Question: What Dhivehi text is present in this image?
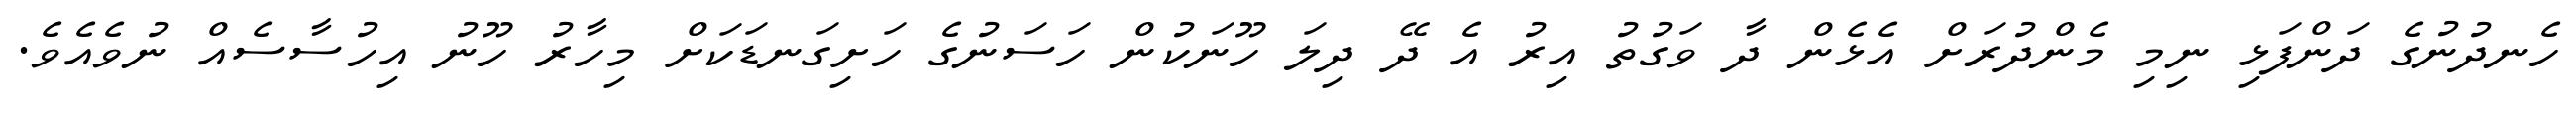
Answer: ހެނދުނުގެ ދަންފަޅި ނިމި މެންދުރަށް އެޅެން ދާ ވަގުތު އިރު އެ ދޭ ދިލަ ހޫނަކުން ހަސަނުގެ ހަށިގަނޑަކަށް މިހާރު ހޫނު އިހުސާސެއް ނުވެއެވެ.